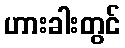
ဟားခါးတွင်